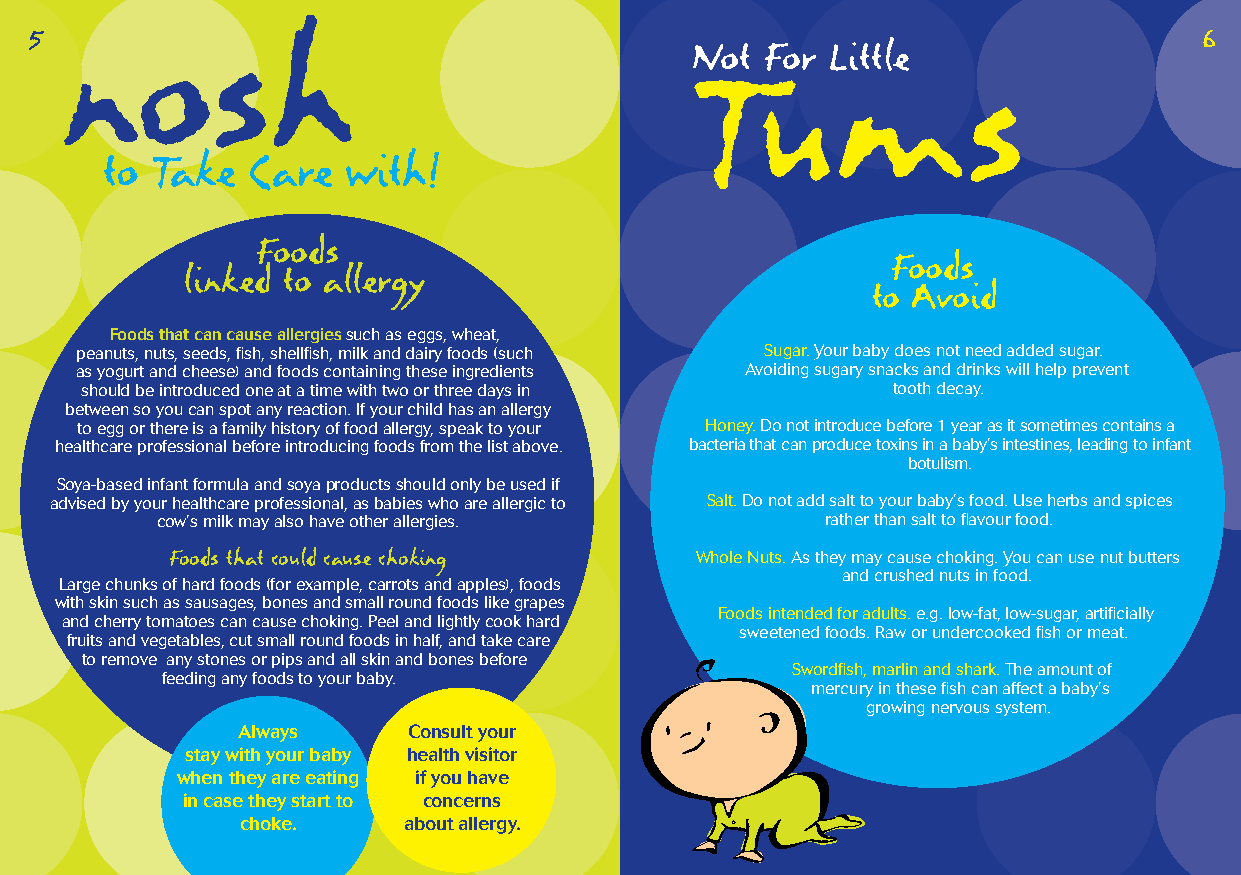
5 nosh                                                                        6
 Not  For Little
 Tums
 to Take  Care   with!
 Foods
 Foods
 linked to allergy
 to Avoid
 Foods that can cause allergies such as eggs, wheat,
 peanuts, nuts, seeds, fish, shellfish, milk and dairy foods (such Sugar. Your baby does not need added sugar.
 as yogurt and cheese) and foods containing these ingredients Avoiding sugary snacks and drinks will help prevent
 should be introduced one at a time with two or three days in tooth decay.
 between so you can spot any reaction. If your child has an allergy
 to egg or there is a family history of food allergy, speak to your Honey. Do not introduce before 1 year as it sometimes contains a
 healthcare professional before introducing foods from the list above. bacteria that can produce toxins in a baby’s intestines, leading to infant
 botulism.
 Soya-based infant formula and soya products should only be used if
 advised by your healthcare professional, as babies who are allergic to Salt. Do not add salt to your baby’s food. Use herbs and spices
 cow’s milk may also have other allergies.    rather than salt to flavour food.
 Foods that could cause choking     Whole Nuts. As they may cause choking. You can use nut butters
 and crushed nuts in food.
 Large chunks of hard foods (for example, carrots and apples), foods
 with skin such as sausages, bones and small round foods like grapes
 Foods intended for adults. e.g. low-fat, low-sugar, artificially
 and cherry tomatoes can cause choking. Peel and lightly cook hard
 sweetened foods. Raw or undercooked fish or meat.
 fruits and vegetables, cut small round foods in half, and take care
 to remove any stones or pips and all skin and bones before
 Swordfish, marlin and shark. The amount of
 feeding any foods to your baby.
 mercury in these fish can affect a baby’s
 growing nervous system.
 Always     Consult your
 stay with your baby health visitor
 when they are eating if you have
 in case they start to concerns
 choke.     about allergy.